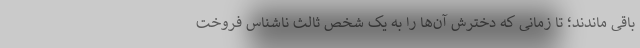
باقی ماندند؛ تا زمانی که دخترش آن‌ها را به یک شخص ثالث ناشناس فروخت